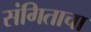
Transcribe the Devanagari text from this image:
संगिताचा